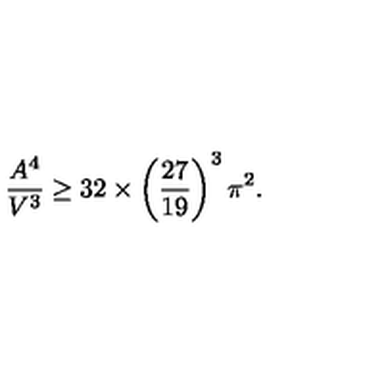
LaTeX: \frac { A ^ { 4 } } { V ^ { 3 } } \ge 3 2 \times \left( \frac { 2 7 } { 1 9 } \right) ^ { 3 } \pi ^ { 2 } .